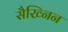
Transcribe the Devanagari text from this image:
सैख्निन